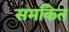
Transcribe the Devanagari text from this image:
समकित